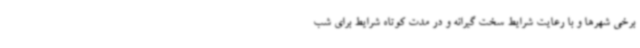
برخی شهرها و با رعایت شرایط سخت گیرانه و در مدت کوتاه شرایط برای شب